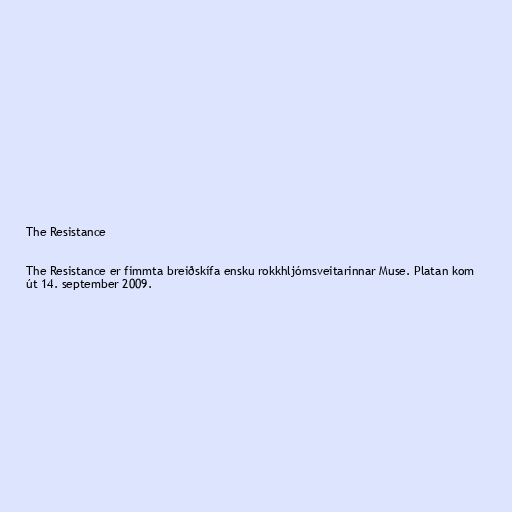
The Resistance

The Resistance er fimmta breiðskífa ensku rokkhljómsveitarinnar Muse. Platan kom
út 14. september 2009.